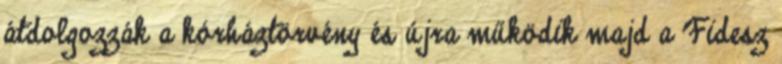
átdolgozzák a kórháztörvény és újra működik majd a Fidesz